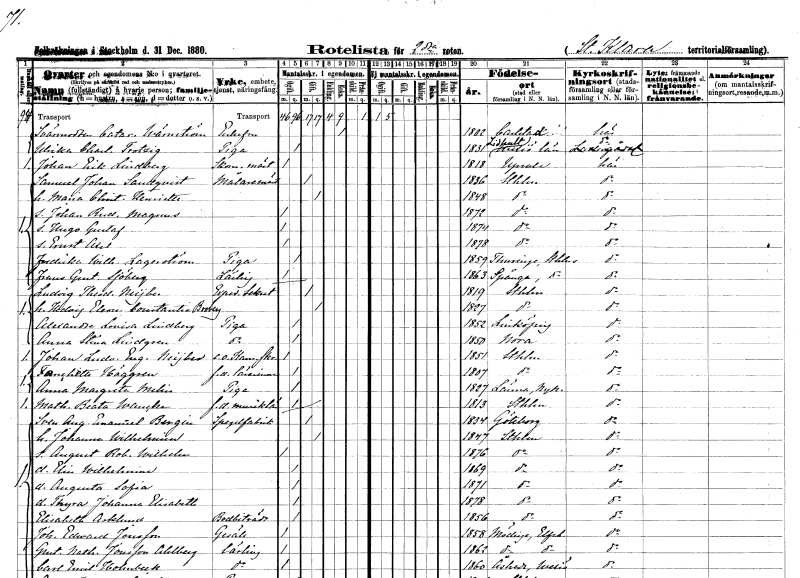
gt_parse: households: individuals: FN: Catarina
EN: Wärnström
KON: K
CIV: E
FODAR: 1802
FODFORS: Karlstad Värmlands län
FN: Ulrika Charlotta
EN: Trotzig
YRKE: Piga
KON: K
CIV: O
FODAR: 1831
FODFORS: Lidhult Kronobergs län
FN: Johan Erik
EN: Lindberg
YRKE: Skomakarmäster
KON: M
CIV: O
FODAR: 1818
FODFORS: Uppsala Uppsala län
FN: Samuel Johan
EN: Sandqvist
YRKE: Målarmästare
KON: M
CIV: G
FODAR: 1836
FODFORS: Stockholm
FN: Maria Christina Henriette
KON: K
CIV: G
FODAR: 1848
FODFORS: Stockholm
FN: Johan Rudolf Magnus
KON: M
CIV: O
FODAR: 1872
FODFORS: Stockholm
FN: Hugo Gustaf
KON: M
CIV: O
FODAR: 1874
FODFORS: Stockholm
FN: Ernst Axel
KON: M
CIV: O
FODAR: 1878
FODFORS: Stockholm
FN: Fredrika Wilhelmina
EN: Lagerström
YRKE: Piga
KON: K
CIV: O
FODAR: 1859
FODFORS: Turinge Stockholms län
FN: Frans Gustaf
EN: Sjöberg
YRKE: Lärling
KON: M
CIV: O
FODAR: 1863
FODFORS: Spånga Stockholms län
FN: Ludvig Theodor
EN: Neijber
YRKE: Expeditionssekreterare
KON: M
CIV: G
FODAR: 1819
FODFORS: Stockholm
FN: Hedvig Eleonora Constantia
EN: Broberg
KON: K
CIV: G
FODAR: 1827
FODFORS: Stockholm
FN: Alexandra Lovisa
EN: Lindberg
YRKE: Piga
KON: K
CIV: O
FODAR: 1852
FODFORS: Linköping Östergötlands län
FN: Anna Stina
EN: Lindgren
YRKE: Piga
KON: K
CIV: O
FODAR: 1850
FODFORS: Nora Örebro län
FN: Johan Ludvig Eugene
EN: Neijber
YRKE: Kammarskrivare e.o.
KON: M
CIV: O
FODAR: 1851
FODFORS: Stockholm
FN: Francietta
EN: Häggren
YRKE: Lärarinna f.d.
KON: K
CIV: O
FODAR: 1807
FODFORS: Stockholm
FN: Anna Margareta
EN: Melin
YRKE: Piga
KON: K
CIV: O
FODAR: 1827
FODFORS: Länna Stockholms län
FN: Mathilda Beata
EN: Wancke
YRKE: Musiklärare f.d.
KON: K
CIV: O
FODAR: 1813
FODFORS: Stockholm